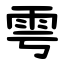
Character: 雩